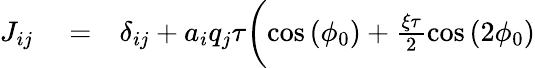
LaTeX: \begin{array}{rlr}{J_{ij}}&{{}=}&{\delta_{ij}+a_{i}q_{j}\tau\biggl(\cos{(\phi_{0})}+\frac{\xi\tau}{2}\cos{(2\phi_{0})}}\end{array}